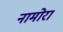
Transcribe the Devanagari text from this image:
नामोरा